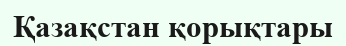
Қазақстан қорықтары